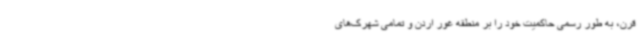
قرن، به طور رسمی حاکمیت خود را بر منطقه غور اردن و تمامی شهرک‌های